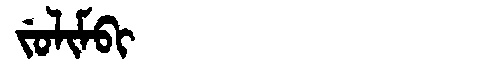
Manchu: ᠵᡠᠯᡳᠮᠪᡳ
Romanization: JULIMBI